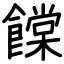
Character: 饓